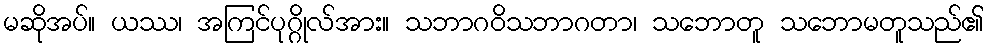
မဆိုအပ်။ ယဿ၊ အကြင်ပုဂ္ဂိုလ်အား။ သဘာဂဝိသဘာဂတာ၊ သဘောတူ သဘောမတူသည်၏